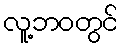
လူ့ဘဝတွင်